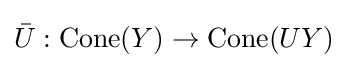
{\bar {U}}:\mathrm {Cone} (Y)\to \mathrm {Cone} (UY)